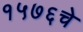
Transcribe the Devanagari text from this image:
१५७६चे